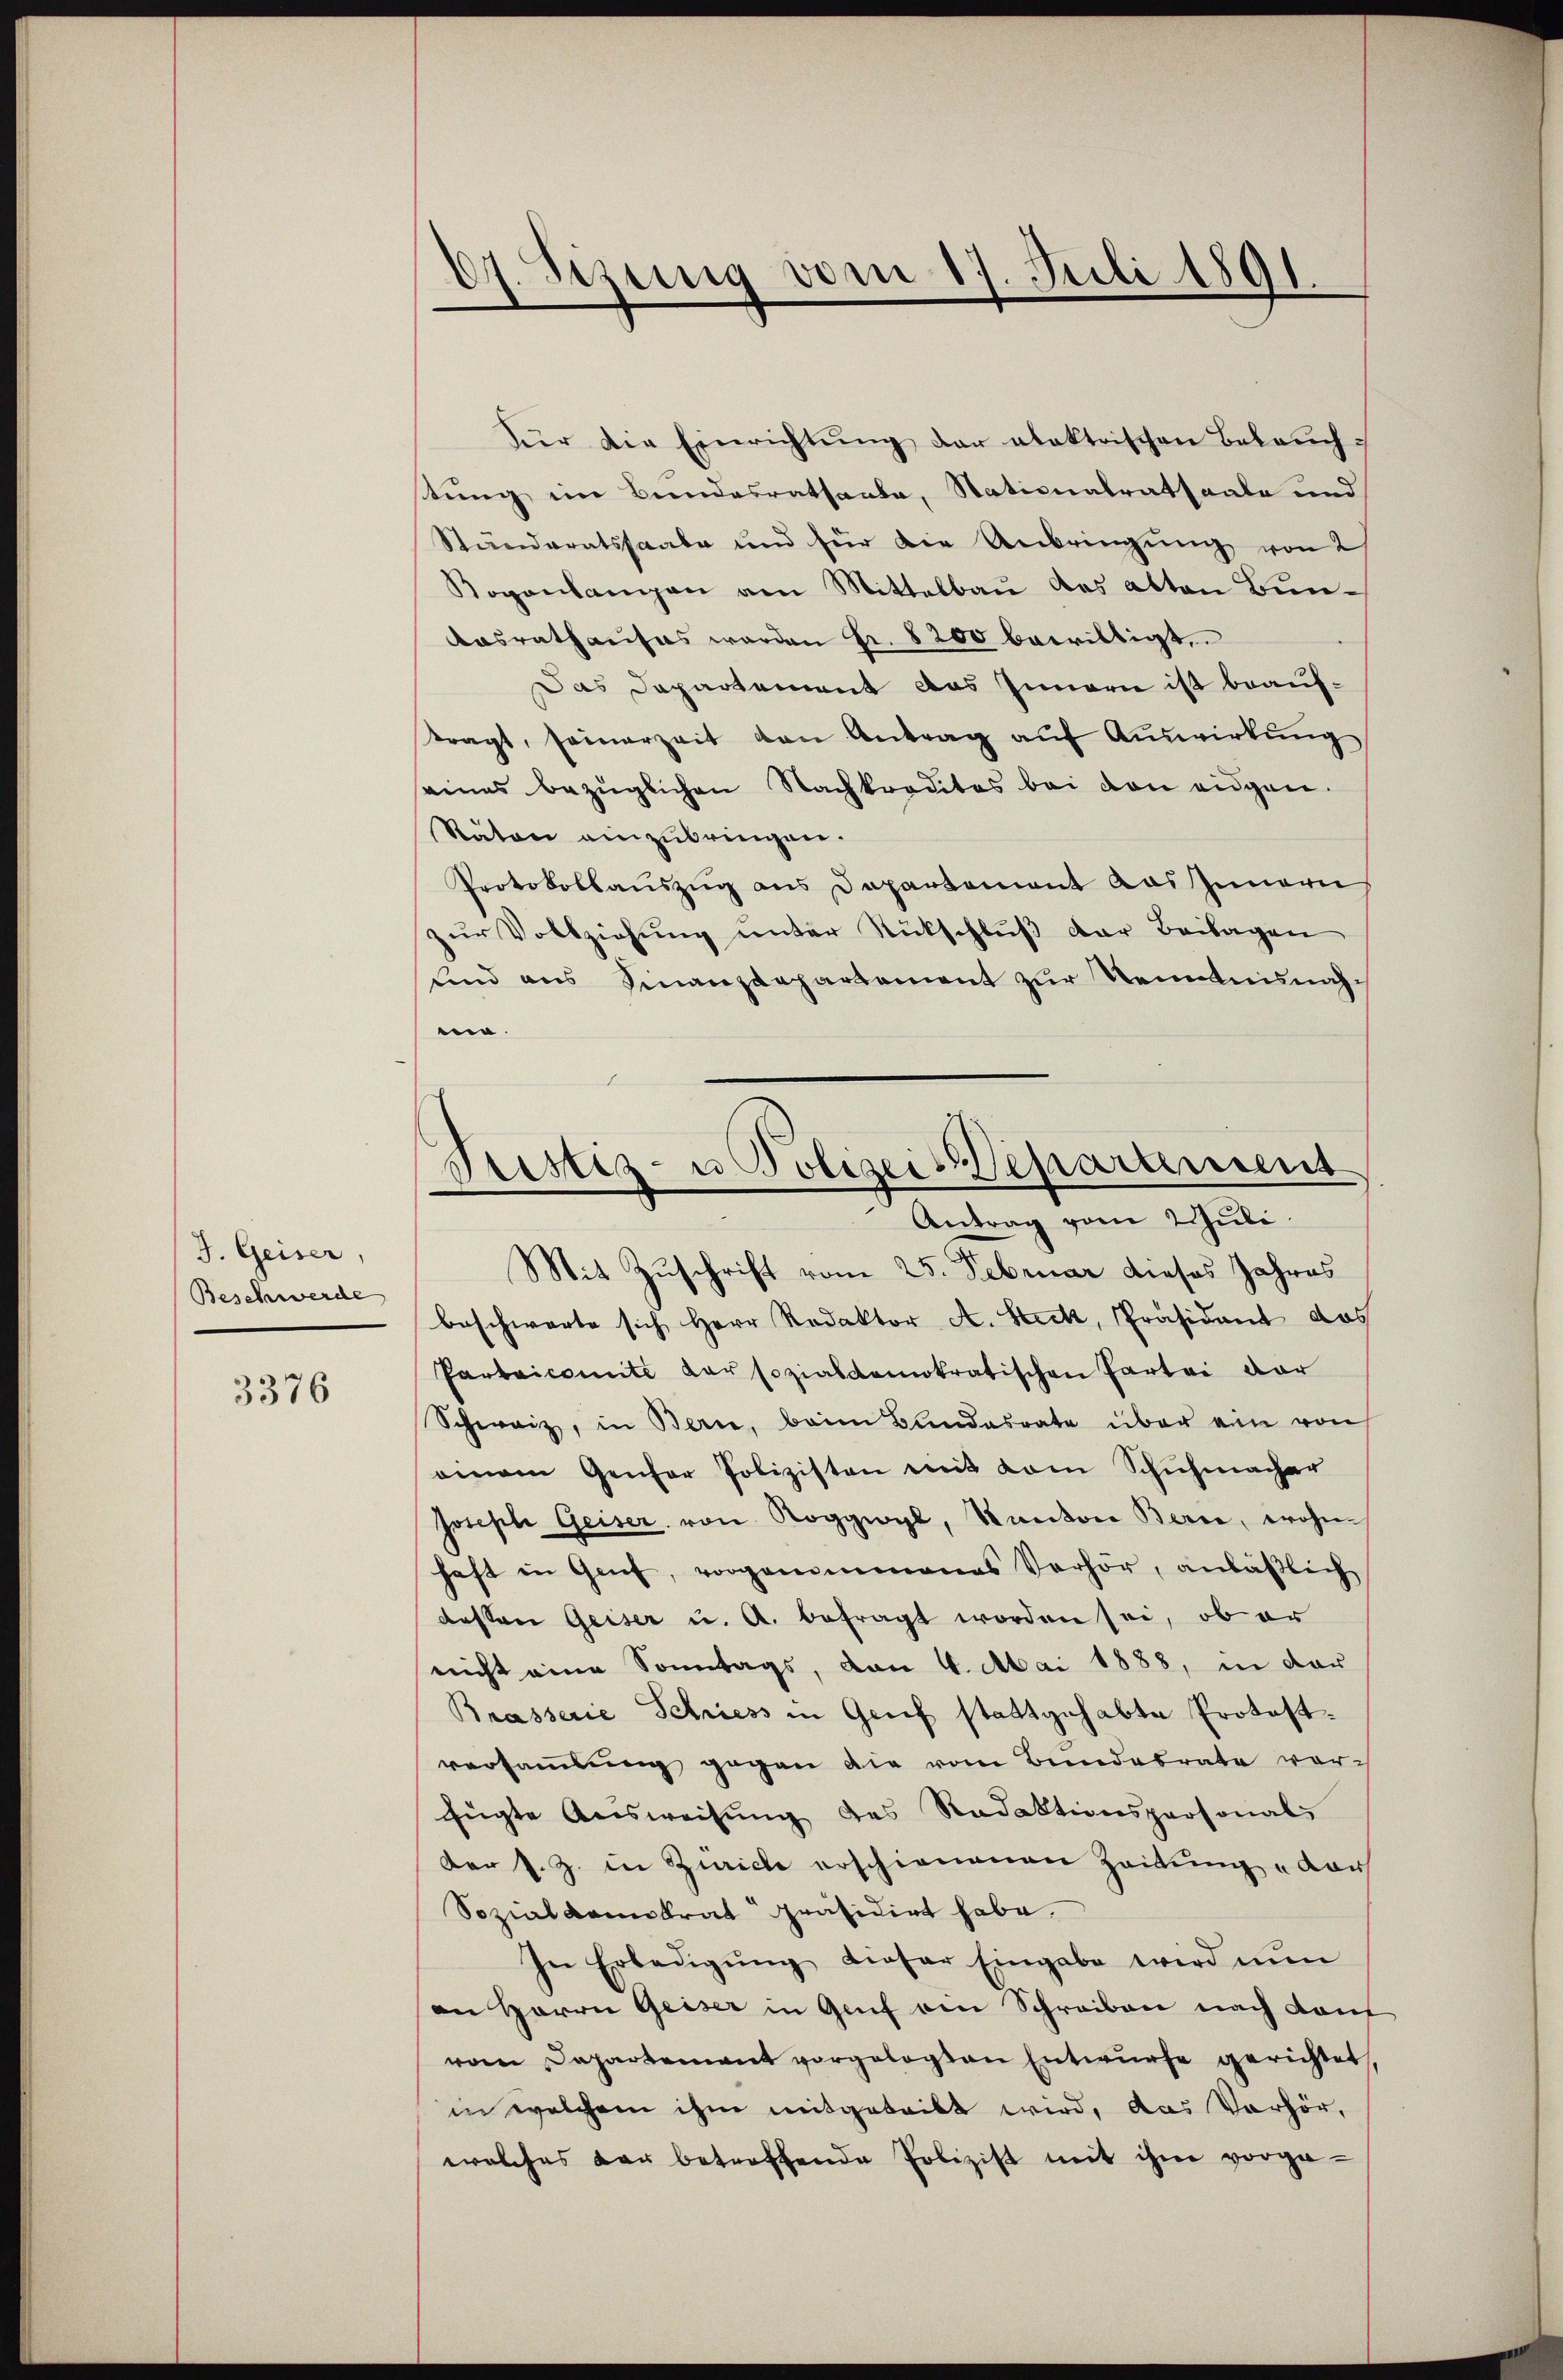
J. Geiser,
Beschwerde

3376

d. Sizung vom 17. Juli 1891.

Für die Einrichtung der alektrischen Beleuchstung im Bundesrathanta, Nationalratsaale und
Ständeratssaale und für die Anbringung von 2
Rogonlampen am Mittelbau des alten Bun¬
Aasrathauses werden Fr. 8200 bewilligt,
Das Departement das Innern ist beauftragt, seinerzeit von Antrag aŭf Aŭswirkŭng
eines bezüglichen Nachkreditas bei den eidgen.
Räten einzubringen.
Protokollauszug aus Departement das Innern
zŭr Vollziehung unter Rückschlŭβ der Beilagen
und aus Finanzdepartement zŭr Nenntnisnahm.
beschwarte sich Herr Redaktor A. Steck, Präsident das
Parbaicomite der sozialdemokratischen Partei dar
Schweiz, in Berne, beim Bundesrate über ein von
einem Genfer Polizisten mit vom Schuhmacher
Joseph Geiser von Roggwyl, Kanton Berce, wohin
haft in Genf, vorgenommenes Verhör, anläβlich
desten Geiser u. A. befragt worden sei, ob er
nicht eine Sonntags, von 4. Mai 1888, in dar
Brasserie Schriess in Genf stattgehabte Protest.
versammlung gegen die vom Bundebrate vorfügte Ausweisung des Redaktionspersonals
Der s. Z. in Zürich erschienenen Zeitung u dar
Sozialdemokrat präsidirt habe.
In Erledigŭng dieser Eingabe wird nun
an Herrn Geiser in Genf den Schreiben nach dam
vom Departement vorgelegten Entwurfe gerichtet
in welchem ihm mitgeteilt wird, das Verhör,
welches der betreffende Polizist mit ihm vorge-

Pristiz- u Polizeis-Departement
Antrag vom Juli.
Mit Zuschrift vom 25. Februar dieses Jahres